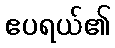
ဧပရယ်၏